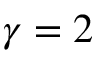
\gamma = 2